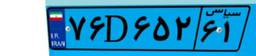
۰۶D۲۵۷۴۱